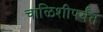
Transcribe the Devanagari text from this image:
चाळिशीपर्यंत